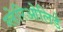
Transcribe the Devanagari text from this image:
ग्लेरिओलिडे